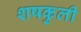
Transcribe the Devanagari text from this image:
शषकुली